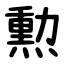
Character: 勲